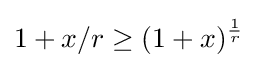
1+x/r\geq (1+x)^{\frac {1}{r}}